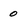
Character: 0